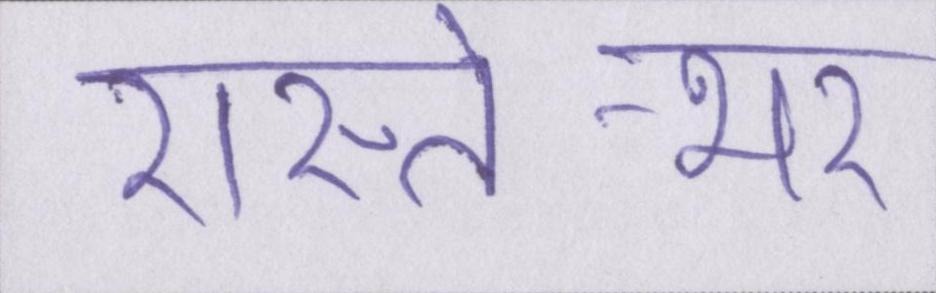
रास्ते-भर